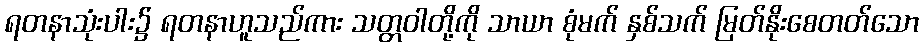
ရတနာသုံးပါး၌ ရတနာဟူသည်ကား သတ္တဝါတို့ကို သာယာ စုံမက် နှစ်သက် မြတ်နိုးစေတတ်သော